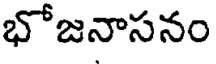
భోజనాసనం